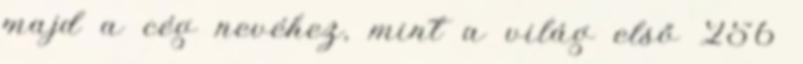
majd a cég nevéhez, mint a világ első 256